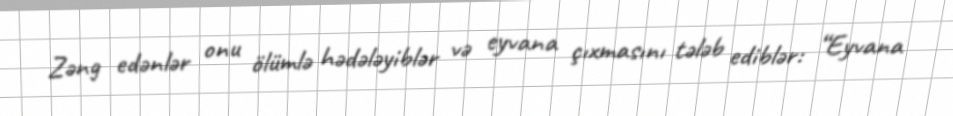
Zəng edənlər onu ölümlə hədələyiblər və eyvana çıxmasını tələb ediblər: “Eyvana